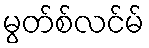
မွတ်စ်လင်မ်